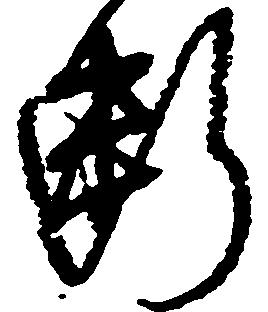
断